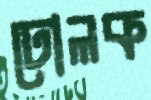
ঢোলক